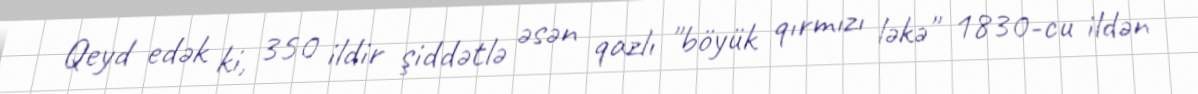
Qeyd edək ki, 350 ildir şiddətlə əsən qazlı "böyük qırmızı ləkə" 1830-cu ildən